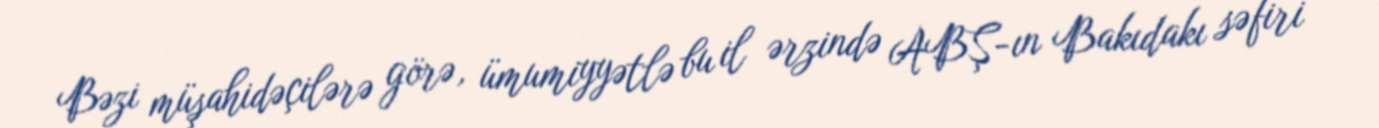
Bəzi müşahidəçilərə görə, ümumiyyətlə bu il ərzində ABŞ-ın Bakıdakı səfiri